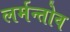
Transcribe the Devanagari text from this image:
लर्मन्तोव